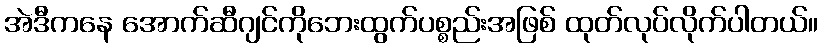
အဲဒီကနေ အောက်ဆီဂျင်ကိုဘေးထွက်ပစ္စည်းအဖြစ် ထုတ်လုပ်လိုက်ပါတယ်။